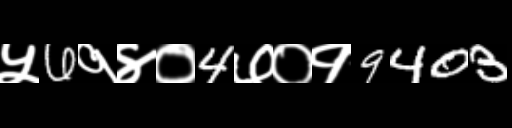
Text: ५6१४०4७०१9403